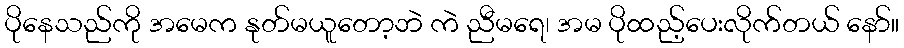
ပိုနေသည်ကို အမေက နုတ်မယူတော့ဘဲ ကဲ ညီမရေ၊ အမ ပိုထည့်ပေးလိုက်တယ် နော်။